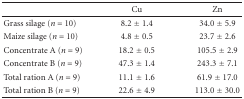
<table><thead><tr><td>[EMPTY_CELL]</td><td><b>Cu</b></td><td><b>Zn</b></td></tr></thead><tbody><tr><td>Grass silage (<i>n</i> = 10)</td><td>8.2 ± 1.4</td><td>34.0 ± 5.9</td></tr><tr><td>Maize silage (<i>n</i> = 10)</td><td>4.8 ± 0.5</td><td>23.7 ± 2.6</td></tr><tr><td>Concentrate A (<i>n</i> = 9)</td><td>18.2 ± 0.5</td><td>105.5 ± 2.9</td></tr><tr><td>Concentrate B (<i>n</i> = 9)</td><td>47.3 ± 1.4</td><td>243.3 ± 7.1</td></tr><tr><td>Total ration A (<i>n</i> = 9)</td><td>11.1 ± 1.6</td><td>61.9 ± 17.0</td></tr><tr><td>Total ration B (<i>n</i> = 9)</td><td>22.6 ± 4.9</td><td>113.0 ± 30.0</td></tr></tbody></table>